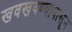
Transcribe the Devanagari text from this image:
खवखवण्यापासून